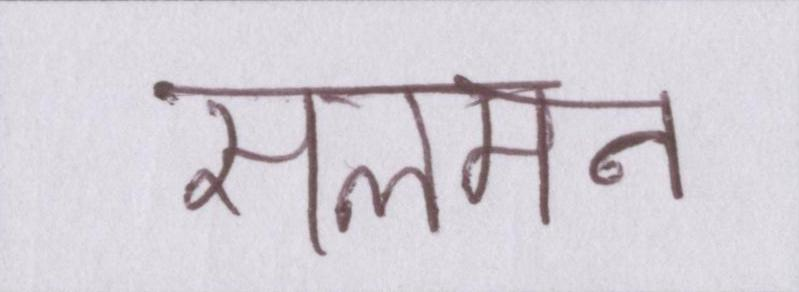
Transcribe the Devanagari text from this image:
सलमन